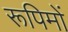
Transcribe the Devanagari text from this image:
रूपिमों